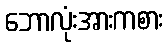
ဘောလုံးအားကစား